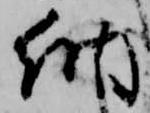
納